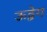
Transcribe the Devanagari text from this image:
ऊद्वेग